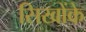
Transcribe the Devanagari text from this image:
सिखोंके